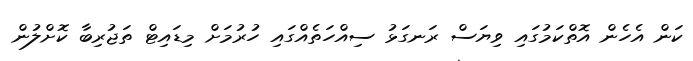
ކަން އެހެން އޮތްކަމުގައި ވިޔަސް ރަނގަޅު ސިއްހަތެއްގައި ހުރުމަށް މިޑައިޓް ތަޖުރިބާ ކޮށްލުން